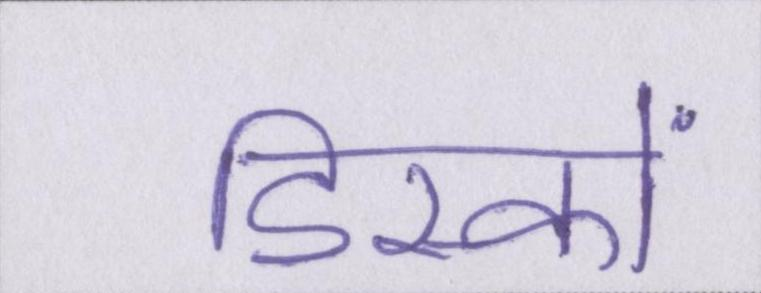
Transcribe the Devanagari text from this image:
डिस्कों